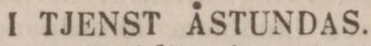
I TJENST ÅSTUNDAS.